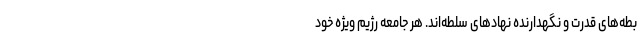
بطه‌های قدرت و نگهدارنده نهادهای سلطه‌اند. هر جامعه رژیم ویژه خود